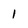
Character: I